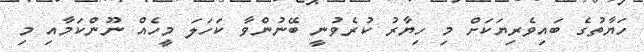
ހަޔާތުގެ ބައިވެރިޔަކަށް މި ހިޔާރު ކުރެވުނީ ބޭނުންވާ ކަހަލަ މީހެއް ނޫންކަމާއި މި